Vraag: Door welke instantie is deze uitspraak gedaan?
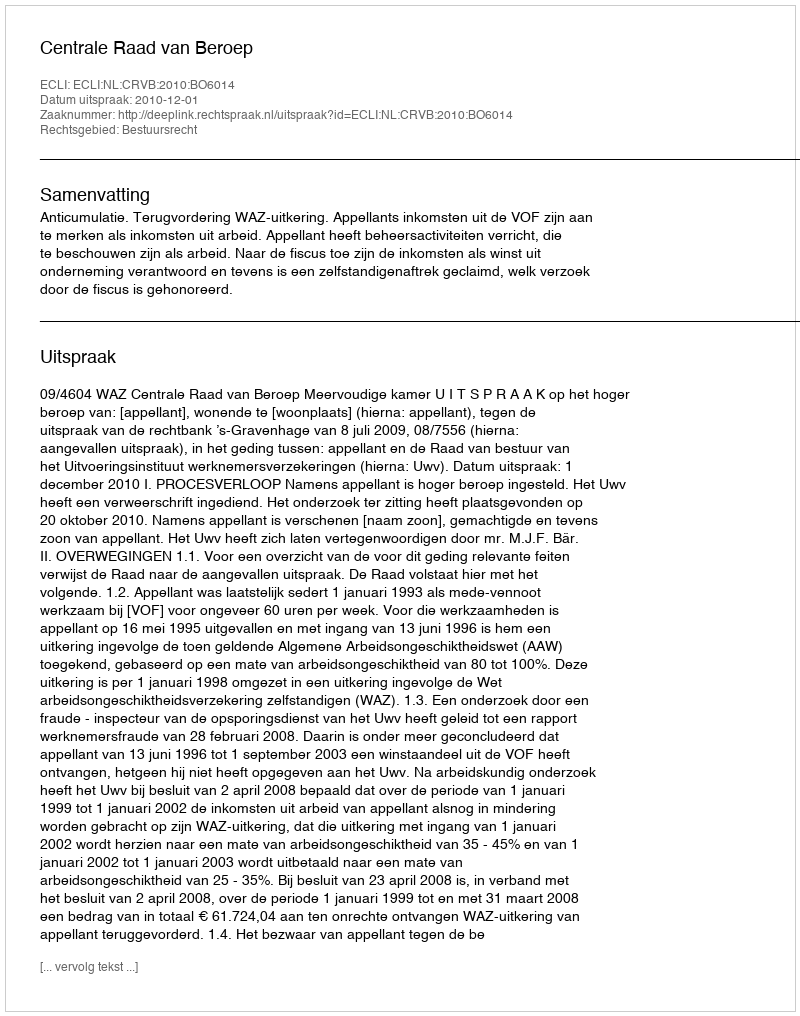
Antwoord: Centrale Raad van Beroep